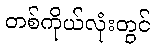
တစ်ကိုယ်လုံးတွင်